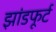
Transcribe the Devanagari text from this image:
झांडफूर्ट